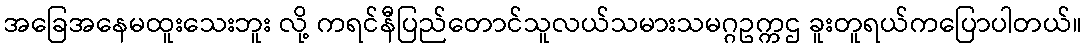
အခြေအနေမထူးသေးဘူး လို့ ကရင်နီပြည်တောင်သူလယ်သမားသမဂ္ဂဥက္ကဌ ခူးတူရယ်ကပြောပါတယ်။